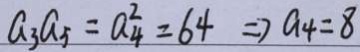
a _ { 3 } a _ { 5 } = a _ { 4 } ^ { 2 } = 6 4 \Rightarrow a _ { 4 } = 8